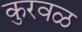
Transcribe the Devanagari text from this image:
कुरवळ